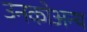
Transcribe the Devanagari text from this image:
उनकोअन्य